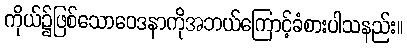
ကိုယ်၌ဖြစ်သောဝေဒနာကိုအဘယ်ကြောင့်ခံစားပါသနည်း။